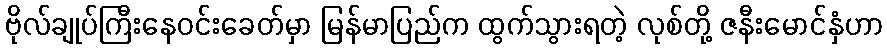
ဗိုလ်ချုပ်ကြီးနေဝင်းခေတ်မှာ မြန်မာပြည်က ထွက်သွားရတဲ့ လုစ်တို့ ဇနီးမောင်နှံဟာ